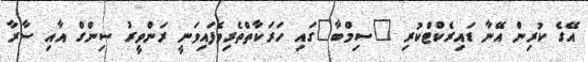
އޭގެ ކުރިން އޭނާ ޑައިރެކްޓްކުރި "ސިމްބާ"ގައި ހަރަކާތްތެރިވެފައިވަނީ ރަންވީރު ސިންގް އާއި ސާރާ